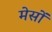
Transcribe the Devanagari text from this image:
मेसों